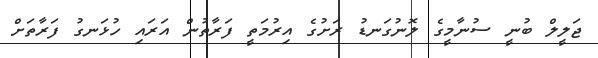
ޖަލީލް ބުނީ ސުނާމީގެ ލޮނުގަނޑު ރަށުގެ އިރުމަތީ ފަރާތުން އަރައި ހުޅަނގު ފަރާތަށް